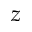
z